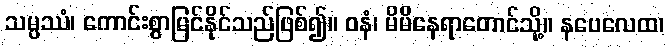
သမ္ပဿံ၊ ကောင်းစွာမြင်နိုင်သည်ဖြစ်၍။ ဝနံ၊ မိမိနေရာတောင်သို့။ နပေလေထ၊